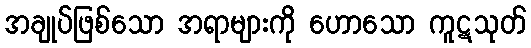
အချုပ်ဖြစ်သော အရာများကို ဟောသော ကူဋသုတ်